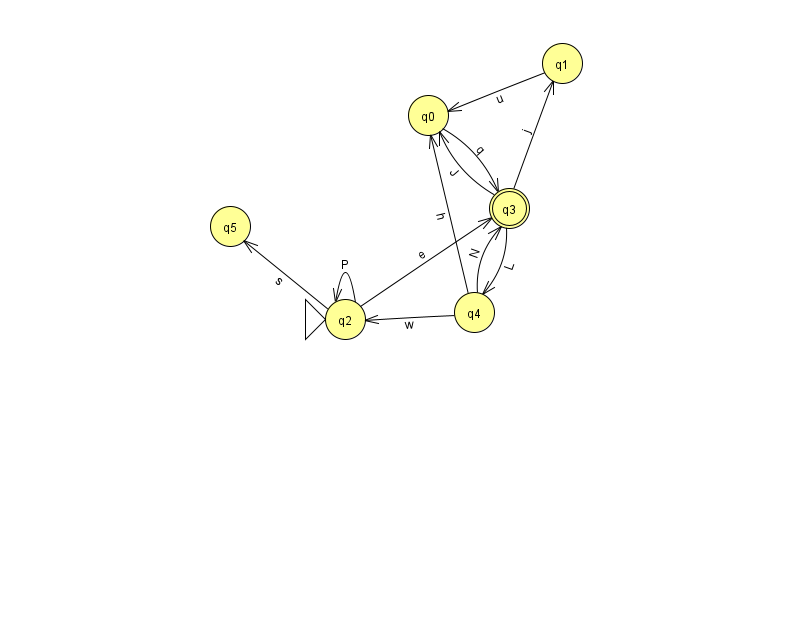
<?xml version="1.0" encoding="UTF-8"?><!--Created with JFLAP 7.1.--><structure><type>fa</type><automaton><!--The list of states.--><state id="0" name="q0"><x>428.0</x><y>102.0</y></state><state id="1" name="q1"><x>562.0</x><y>50.0</y></state><state id="2" name="q2"><x>345.0</x><y>306.0</y><initial/></state><state id="3" name="q3"><x>509.0</x><y>195.0</y><final/></state><state id="4" name="q4"><x>474.0</x><y>299.0</y></state><state id="5" name="q5"><x>230.0</x><y>213.0</y></state><!--The list of transitions.--><transition><from>2</from><to>2</to><read>P</read></transition><transition><from>2</from><to>5</to><read>s</read></transition><transition><from>4</from><to>0</to><read>h</read></transition><transition><from>3</from><to>0</to><read>J</read></transition><transition><from>4</from><to>2</to><read>w</read></transition><transition><from>2</from><to>3</to><read>e</read></transition><transition><from>3</from><to>4</to><read>L</read></transition><transition><from>0</from><to>3</to><read>q</read></transition><transition><from>3</from><to>1</to><read>j</read></transition><transition><from>1</from><to>0</to><read>u</read></transition><transition><from>4</from><to>3</to><read>N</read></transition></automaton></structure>